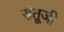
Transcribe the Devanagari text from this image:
संतूजी